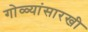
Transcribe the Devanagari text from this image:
गोळ्यांसारखी